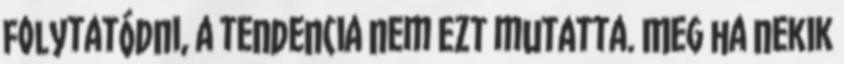
folytatódni, a tendencia nem ezt mutatta. Meg ha nekik